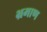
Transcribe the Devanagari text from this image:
भ्रमाण